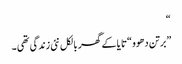
“
”برتن دھوو “تا یا کے گھر بالکل نئی زندگی تھی ۔